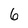
Character: 6